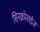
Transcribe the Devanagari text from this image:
सिनक्रोनाईज़